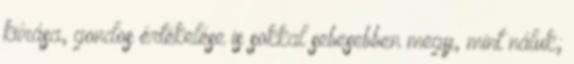
kiírása, gondos értékelése is sokkal sebesebben megy, mint náluk;